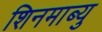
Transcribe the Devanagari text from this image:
शिनमाब्यु